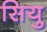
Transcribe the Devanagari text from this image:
सियु